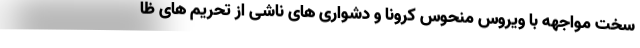
سخت مواجهه با ویروس منحوس کرونا و دشواری های ناشی از تحریم های ظا